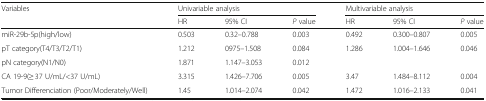
<table><thead><tr><td rowspan="2"><b>Variables</b></td><td colspan="3"><b>Univariable analysis</b></td><td colspan="3"><b>Multivariable analysis</b></td></tr><tr><td><b>HR</b></td><td><b>95% CI</b></td><td><b><i>P</i> value</b></td><td><b>HR</b></td><td><b>95% CI</b></td><td><b><i>P</i> value</b></td></tr></thead><tbody><tr><td>miR-29b-5p(high/low)</td><td>0.503</td><td>0.32–0.788</td><td>0.003</td><td>0.492</td><td>0.300–0.807</td><td>0.005</td></tr><tr><td>pT category(T4/T3/T2/T1)</td><td>1.212</td><td>0975–1.508</td><td>0.084</td><td>1.286</td><td>1.004–1.646</td><td>0.046</td></tr><tr><td>pN category(N1/N0)</td><td>1.871</td><td>1.147–3.053</td><td>0.012</td><td></td><td></td><td></td></tr><tr><td>CA 19-9(≥ 37 U/mL/&lt;37 U/mL)</td><td>3.315</td><td>1.426–7.706</td><td>0.005</td><td>3.47</td><td>1.484–8.112</td><td>0.004</td></tr><tr><td>Tumor Differenciation (Poor/Moderately/Well)</td><td>1.45</td><td>1.014–2.074</td><td>0.042</td><td>1.472</td><td>1.016–2.133</td><td>0.041</td></tr></tbody></table>